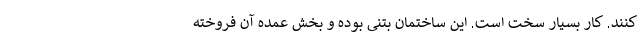
کنند. کار بسیار سخت است. این ساختمان بتنی بوده و بخش عمده آن فروخته